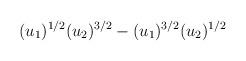
LaTeX: \begin{align*}(u_1)^{1/2} (u_2)^{3/2} - (u_1)^{3/2} (u_2)^{1/2}\end{align*}